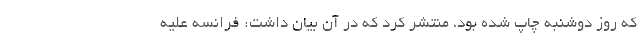
که روز دوشنبه چاپ شده بود، منتشر کرد که در آن بیان داشت: فرانسه علیه